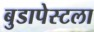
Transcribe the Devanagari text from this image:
बुडापेस्टला